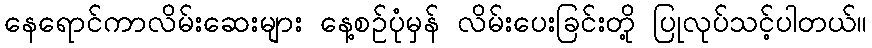
နေရောင်ကာလိမ်းဆေးများ နေ့စဉ်ပုံမှန် လိမ်းပေးခြင်းတို့ ပြုလုပ်သင့်ပါတယ်။